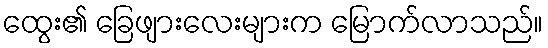
ထွေး၏ ခြေဖျားလေးများက မြောက်လာသည်။